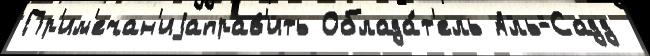
Пр'им'ечан'иjаправ'ить Облада́т'ель Аль-Садд